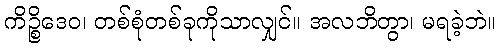
ကိဉ္စိဒေဝ၊ တစ်စုံတစ်ခုကိုသာလျှင်။ အလဘိတွာ၊ မရခဲ့ဘဲ။